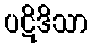
ပဋိဒိသာ